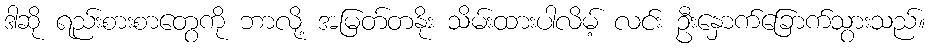
ဒါဆို ရည်းစားစာတွေကို ဘာလို့ အမြတ်တနိုး သိမ်းထားပါလိမ့် လင်း ဦးနှောက်ခြောက်သွားသည်။